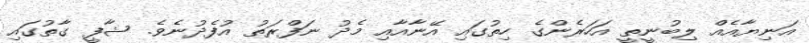
އަނިޔާއެއް ލިބުނީތީ އަހަރެންގެ ހިތުގައި އޭނާއާއި މެދު ނަފްރަތު އުފެދުނެވެ. ޝާފީ ގާތުގައި